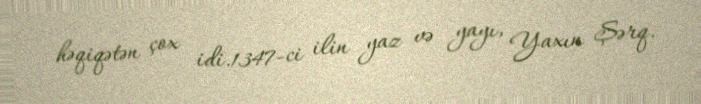
həqiqətən çox idi.1347-ci ilin yaz və yayı, Yaxın Şərq.